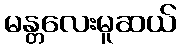
မန္တလေးမူဆယ်